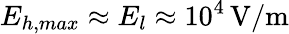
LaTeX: E_{h,max}\approx E_{l}\approx 10^{4}\, \mathrm{V/m}